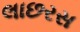
લાછરસ